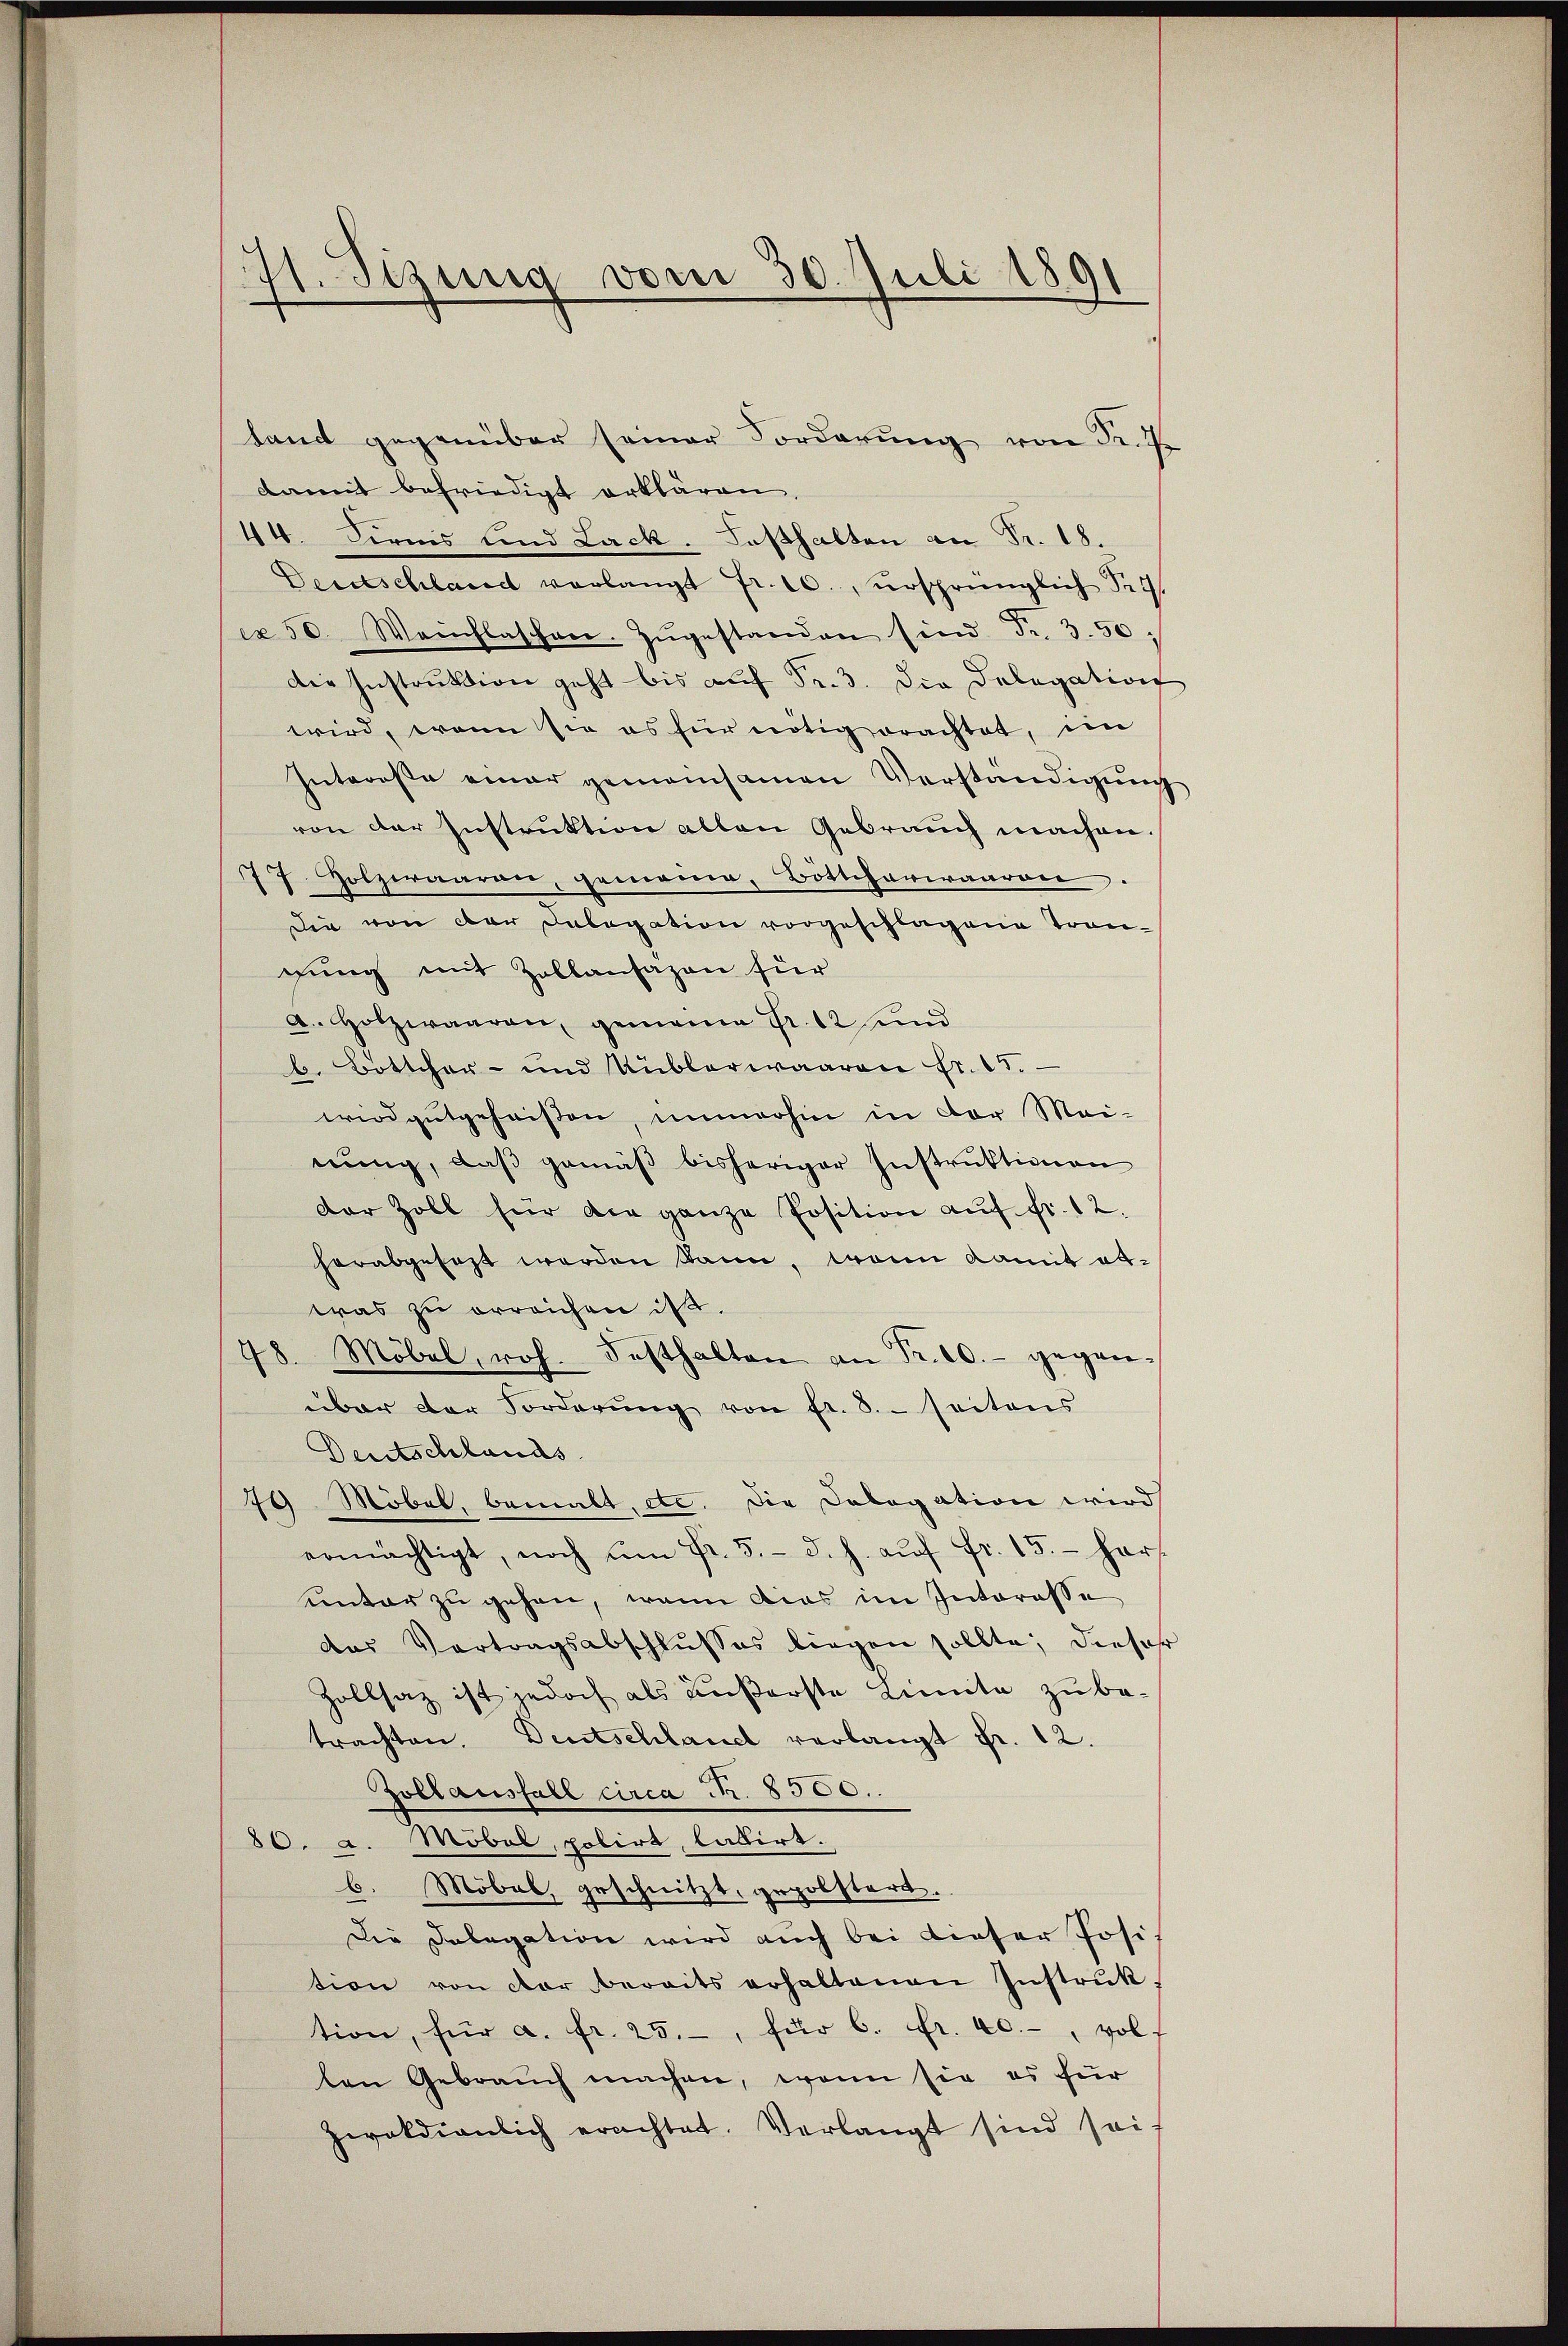
H. Sitzung vom 30. Juli 1891
d

tand gegenüber seiner Forderung von Fr. Z
damit befriedigt erklären.
44. Fernis und Lack. Deshalten an Fr. 18.
Deutschland verlangt Fr. 10., ursprünglich Pr. 9.
cx 50. Weichlaschen. Zŭgestanden sind Fr. 350:
Die Instruktion geht bis auf Fr. 3. Die Delegation
wird, wenn sie es für nötig erachtet, im
Intereße einer gemeinsamen Verständigung
von der Instruktion allen Gebrauch machen.
77. Holzeraaren, genomen, Bottchariaaron
Die von der Delegation vorgeschlagene Trangung mit Zollansazen für
a Holzwaaren, gemeine Fr. 12 und
b. Bottcher- und Küblerwaaren Fr. 15.
wird gutgeheißen, immerhin in der Mai-
nung, daβ gemäβ bisheriger Instruktionen
Der Zoll für die ganze Position aŭf Fr. 12.
herabgefast werden kann, wenn damit abwas zu erreichen ist.
48. Möbel, roh. Festhalten an Fr. 20.- gegenüber der Forderung von fr. 8. - seitens
Deutschlands
79 Möbel, bemalt, etc. Die Cologation wird
ermächtigt, noch ŭm fr. 5. d. h. aŭf fr. 15. hers
unter zu gehen, wenn dies im Interesse
des Vertragsabschlŭsses liegen sollte; dieser
Zollsaz ist jedoch als äußerste Linnte zu be-
trachten. Deutschlauch verlangt fr. 12.
Zollausfall circa N. 8500.
80. a. Möbel, polirt, labirt.
b. Möbel, geschnitzt, gepolstert.
Die Delegation wird auch bei dieser Posi
tion von der bereits erhaltenen Instruk
tion, für a. fr. 25.- für 6. Fr. 40.-, Wolf
len Gebrauch machen, wenn sie es für
peokdienlich erachtet. Verlangt sind sei